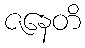
ဇနေတိ